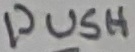
Text: PUSH